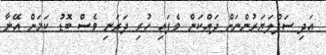
އަދި ސަޕްލަޔަރުންނަށް ދައްކަން ވެފައި ހުރި ދަރަނި ވެސް ބޮޑު ކަމަށް އޭނާ